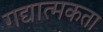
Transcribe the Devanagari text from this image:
गद्यात्मकता